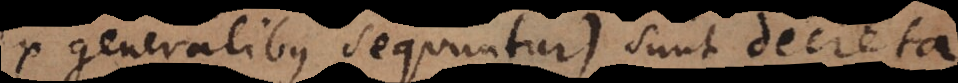
ex generalibus sequuntur), sunt decreta